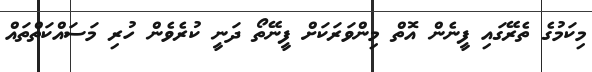
މިކަމުގެ ތެރޭގައި ފީނެން އޮތް މިންވަރަކަށް ފީނޭތޯ ދަނީ ކުރެވެން ހުރި މަސައްކަތްތައް